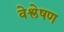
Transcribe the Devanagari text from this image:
वेश्लेषण